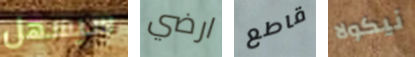
سيسهل ارضي قاطع نيكولا